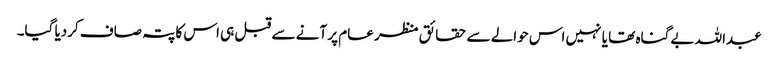
عبداللہ بے گناہ تھا یا نہیں اس حوالے سے حقائق منظر عام پر آنے سے قبل ہی اس کا پتہ صاف کردیا گیا۔